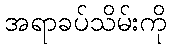
အရာခပ်သိမ်းကို